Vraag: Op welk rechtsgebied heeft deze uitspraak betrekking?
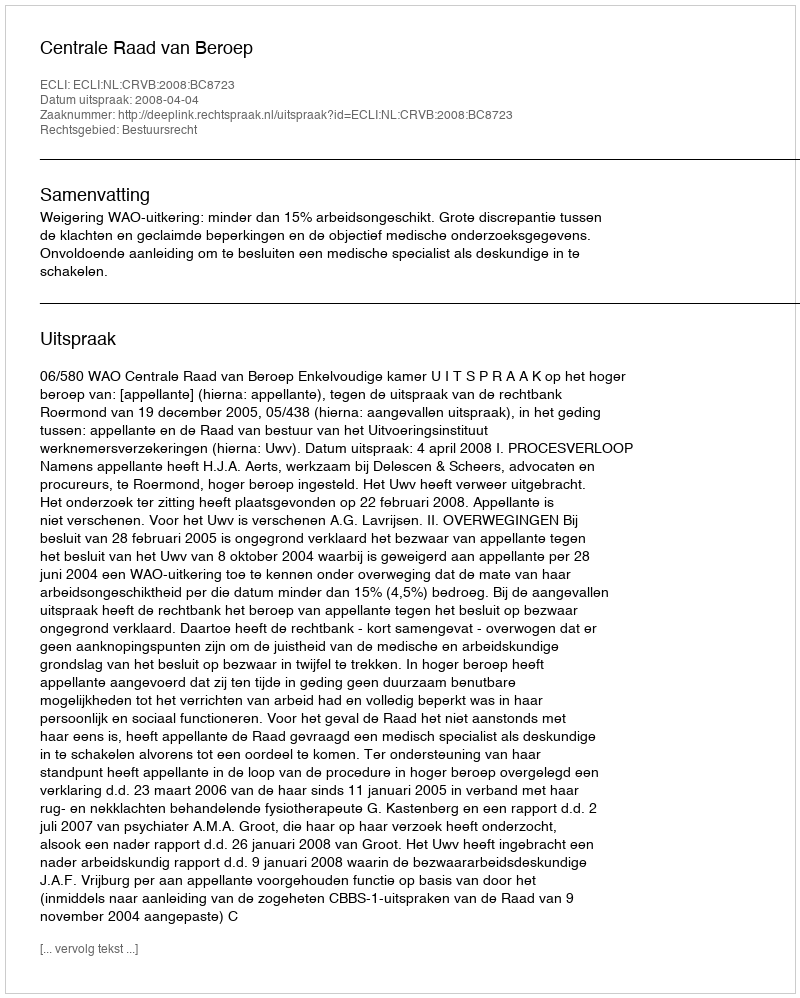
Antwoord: Bestuursrecht